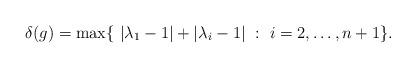
LaTeX: \begin{align*} \delta(g)=\max\{ \ |\lambda_1-1|+|\lambda_i-1| \ : \ i=2, \ldots, n+1\}. \end{align*}